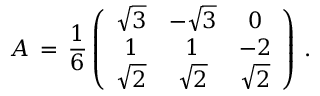
A \, = \, \frac { 1 } { 6 } \left( \begin{array} { c c c c } { { \sqrt { 3 } } } & { { - \sqrt { 3 } } } & { { 0 } } \\ { { 1 } } & { { 1 } } & { { - 2 } } \\ { { \sqrt { 2 } } } & { { \sqrt { 2 } } } & { { \sqrt { 2 } } } \end{array} \right) \, .